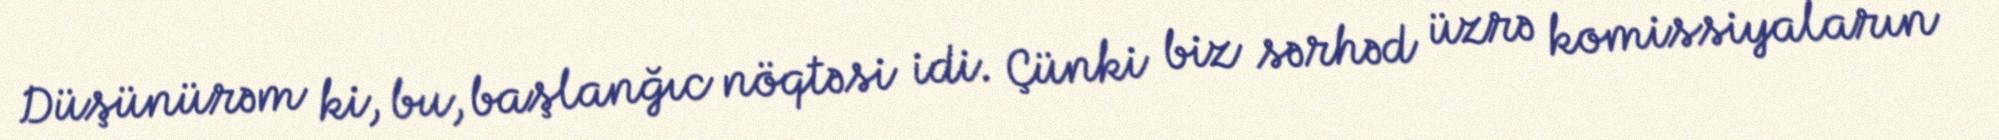
Düşünürəm ki, bu, başlanğıc nöqtəsi idi. Çünki biz sərhəd üzrə komissiyaların